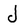
Character: J